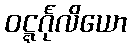
ဝဋ္ဋင်္ဂုလိယော